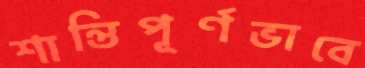
শান্তিপূর্ণভাবে